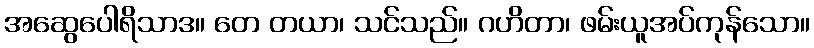
အဆွေပေါရိသာဒ။ တေ တယာ၊ သင်သည်။ ဂဟိတာ၊ ဖမ်းယူအပ်ကုန်သော။